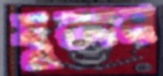
যুঝান